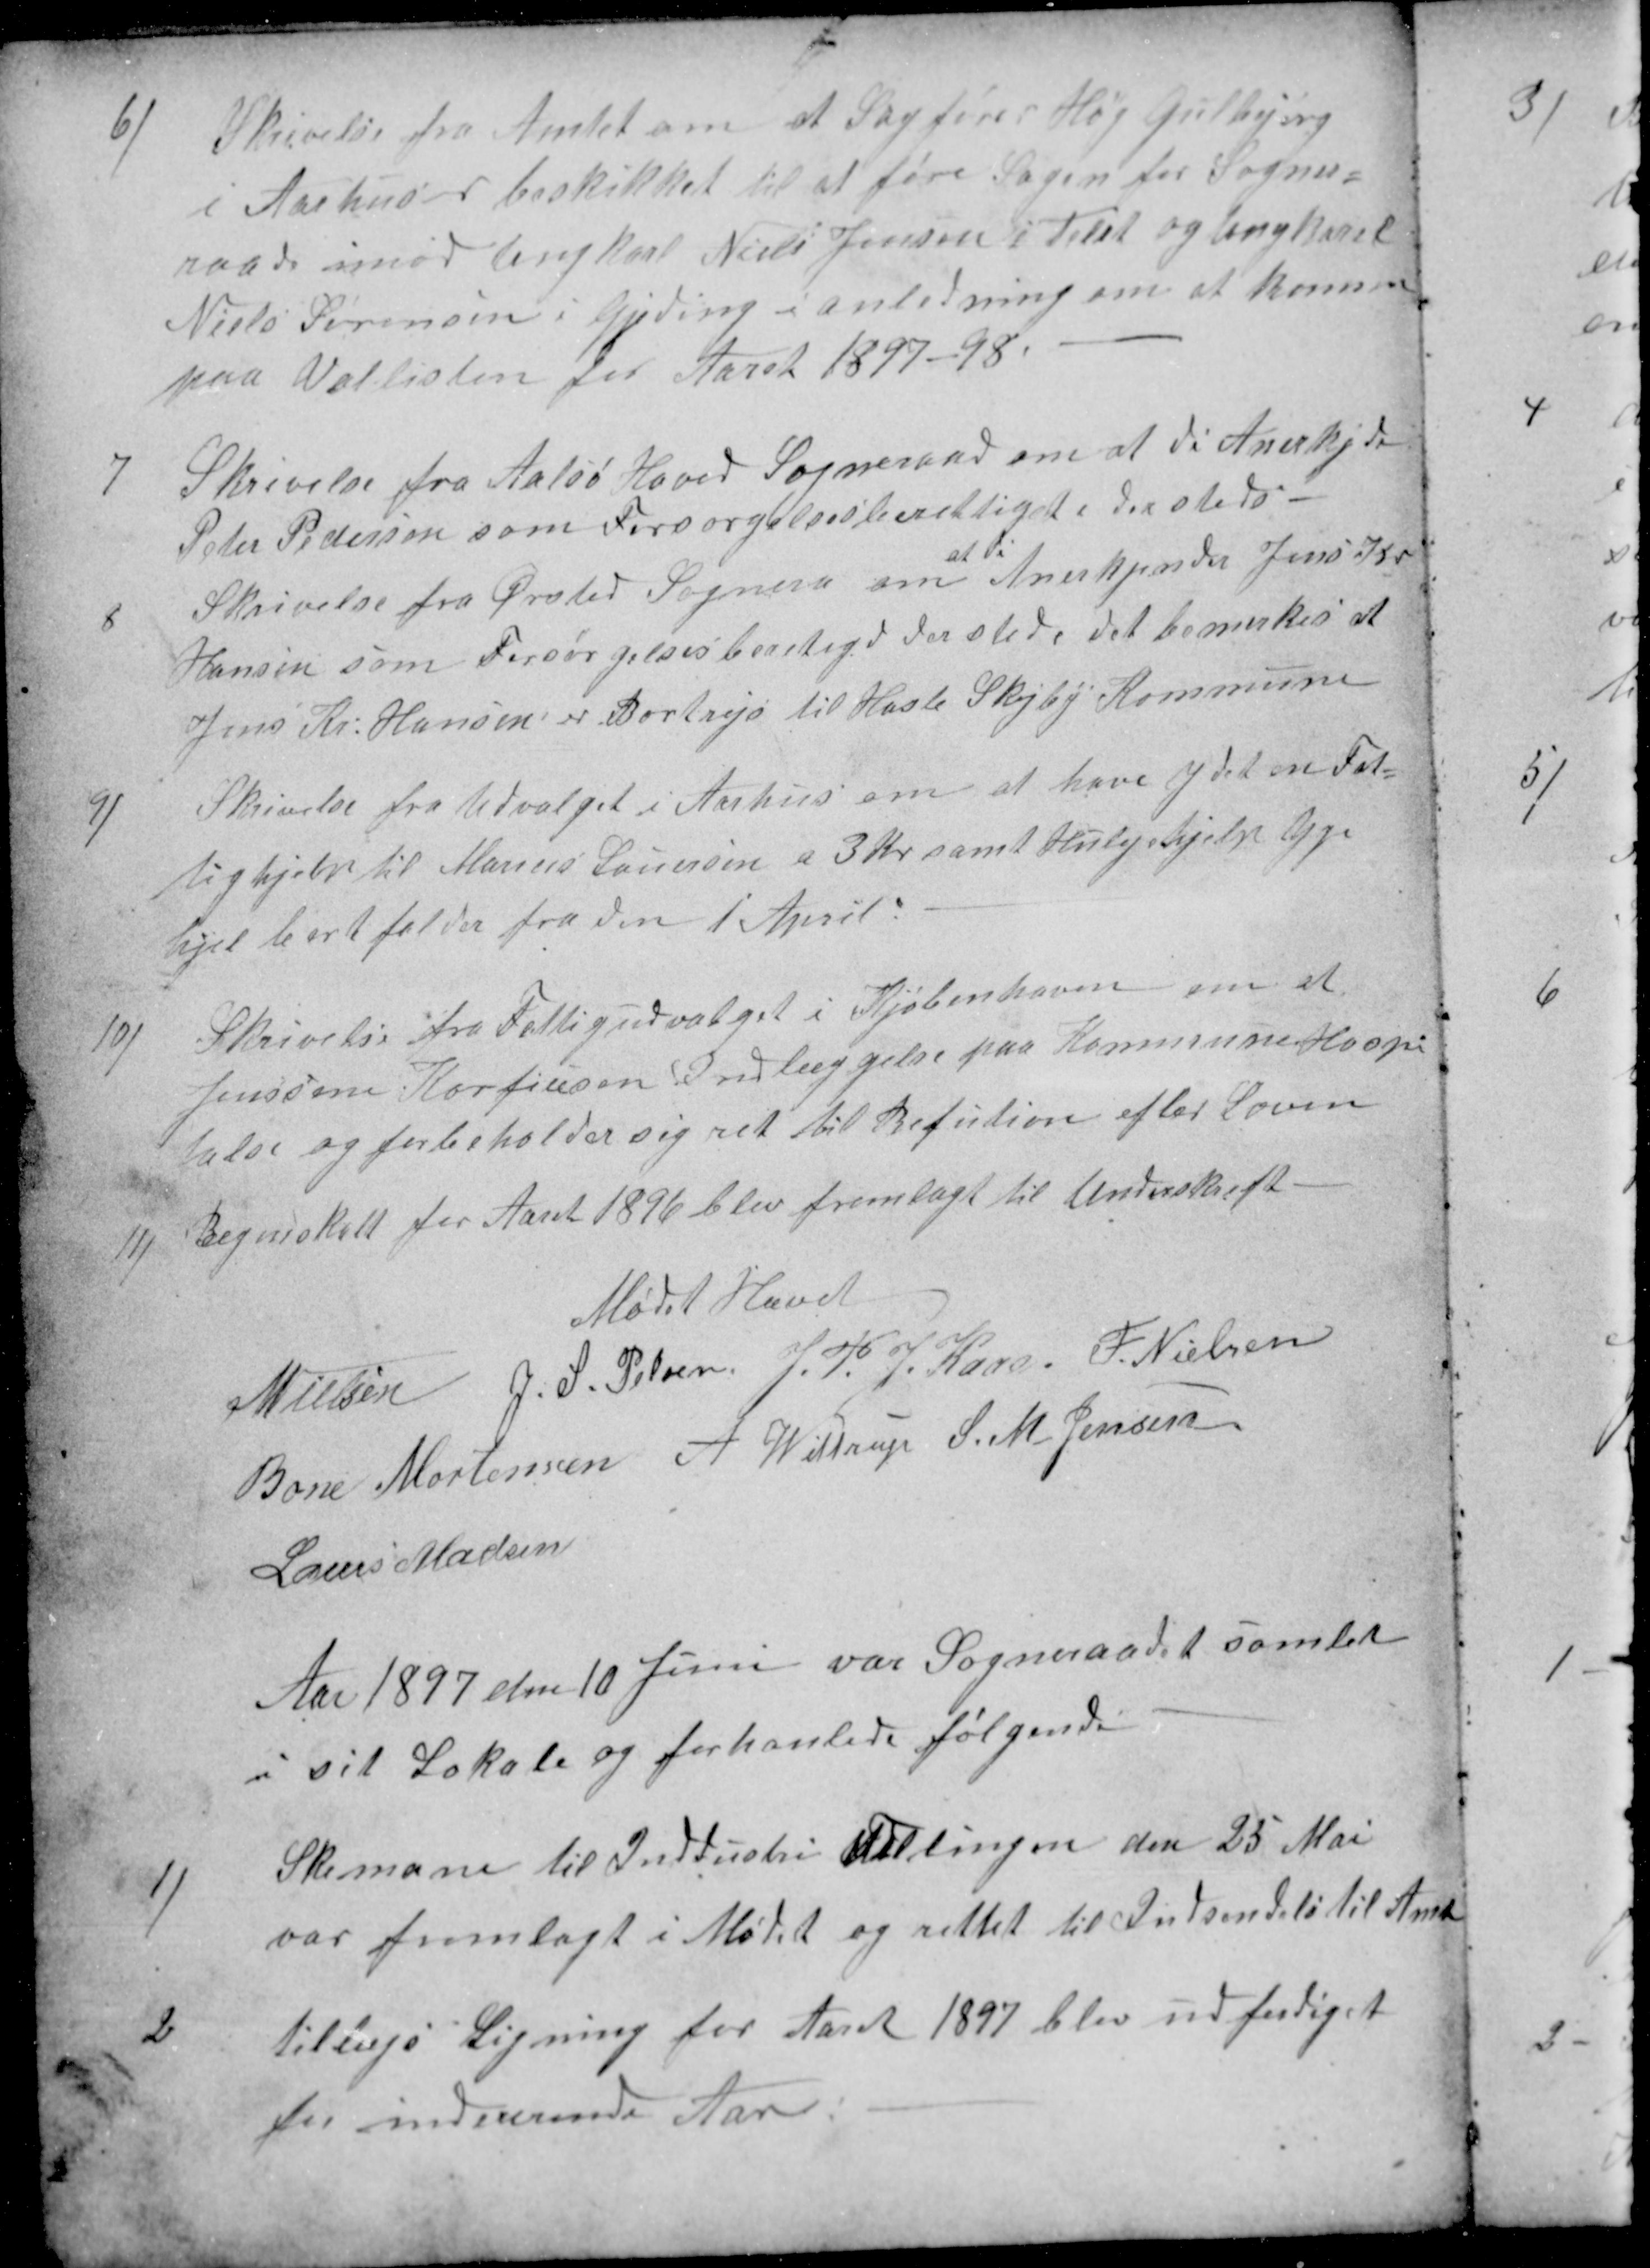
Transskription:
6/
Skrivelse fra Amtet om at Sagfører Høg Gulbjerg
i Aarhus er beskikket til at føre Sagen for Sogne=
raade imod Ungkarl Niels Jensen i Tilst og Ungkarl
Niels Sørensen i Gjeding i anledning om at komme
paa Vallisten for Aaret 1897-98.
7
Skrivelse fra Aalsø Hoved Sogneraad om at de Anerkjde
Peter Pedersen som Forsørgelsesberettiget dersteds -
8
Skrivelse fra Ørsted Sogneråd om 
at di
Anerkjender Jens Kr
Hansen som Forsørgelsesberetigd dersted, det bemærkes at
Jens Kr. Hansen er Bortrejs til Hasle Skejby Kommune
9/
Skrivelse fra Udvalget i Aarhus om at have ydet en Fat-
tighjelp til Marius Lauersen a 3 Kr samt Huslejehjelp Uge
hjel bortfalder fra den 1' April.
10)
Skrivelse fra Fattigudvalget i Kjøbenhavn om at
Jenssine Korfiusen Indlæggelse paa Kommune Hospi
talse og forbeholder sig ret til Refution efter Loven
11
Regneskabt for Aaret 1896 blev fremlagt til Underskrift-
Mødet Hævet
N Nielsen
J. S. Pelsen
J. P. J. Kaae
F. Nielsen
Bone Mortensen
A Wittrup
S. M. Jensen
Laurs Madsen
Aar 1897 den 10 Juni var Sogneraadet samlet
i sit Lokale og forhanlede følgende
1/
Skemane til Inddustri Tellingen den 25 Mai
var fremlagt i Mødet og rettet til Indsendelse til Amt
2
tillægs Ligning for Aaret 1897 blev udfærdiget
til indeverende Aar